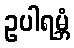
ဥပါရမ္ဘံ